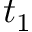
t _ { 1 }